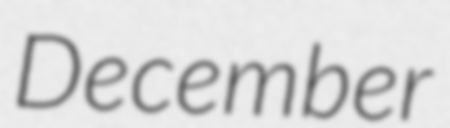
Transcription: December